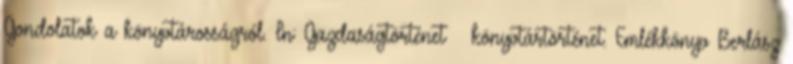
Gondolatok a könyvtárosságról. In: Gazdaságtörténet – könyvtártörténet. Emlékkönyv Berlász